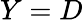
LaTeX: Y=D